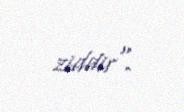
ziddir".